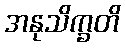
အနုသိက္ခတိ